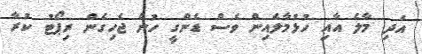
އަދި މާލެ އާއި ހުޅުމާލެއިން ވެސް ޑެންގީ ހުން ޖެހިގެން ރިޕޯޓު ކުރާ